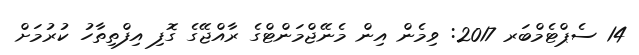
14 ސެޕްޓެމްބަރ 2017: ވިމެން އިން މެނޭޖްމަންޓްގެ ރާއްޖޭގެ ގޮފި އިފްތިތާހު ކުރުމަށް